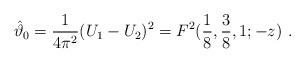
LaTeX: \begin{align*} \hat\vartheta_0 = {1\over 4\pi^2} (U_1 - U_2)^2 = F^2({1\over 8},{3\over 8},1;-z)~.\end{align*}